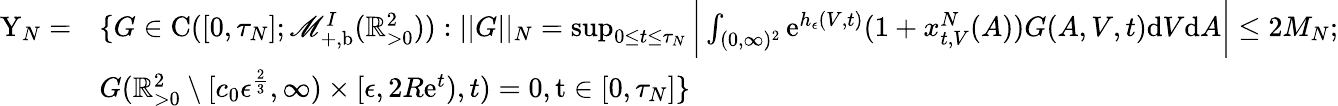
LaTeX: \begin{array}{rl}{\textup{Y}_{N}=}&{\{ G\in\textup{C}([0,\tau_{N}];\mathscr{M}_{+,\textup{b}}^{I}(\mathbb{R}_{>0}^{2})):||G||_{N}=\operatorname*{sup}_{0\leq t\leq\tau_{N}}\bigg|\int_{(0,\infty)^{2}}\textup{e}^{h_{\epsilon}(V,t)}(1+x_{t,V}^{N}(A))G(A,V,t)\textup{d}V\textup{d}A\bigg|\leq 2M_{N};}\\ &{G(\mathbb{R}_{>0}^{2}\setminus[c_{0}\epsilon^{\frac{2}{3}},\infty)\times[\epsilon,2R\textup{e}^{t}),t)=0,\textup t\in[0,\tau_{N}]\} }\end{array}